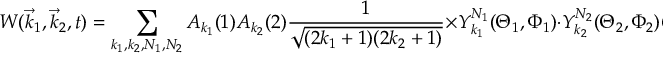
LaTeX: W ( { \vec { k } } _ { 1 } , { \vec { k } } _ { 2 } , t ) = \sum _ { k _ { 1 } , k _ { 2 } , N _ { 1 } , N _ { 2 } } A _ { k _ { 1 } } ( 1 ) A _ { k _ { 2 } } ( 2 ) { \frac { 1 } { \sqrt { ( 2 k _ { 1 } + 1 ) ( 2 k _ { 2 } + 1 ) } } } \times Y _ { k _ { 1 } } ^ { N _ { 1 } } ( \Theta _ { 1 } , \Phi _ { 1 } ) \cdot Y _ { k _ { 2 } } ^ { N _ { 2 } } ( \Theta _ { 2 } , \Phi _ { 2 } ) G _ { k _ { 1 } k _ { 2 } } ^ { N _ { 1 } N _ { 2 } } ( t )